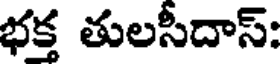
భక్త తులసీదాస్: